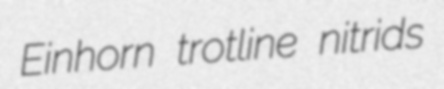
Einhorn trotline nitrids